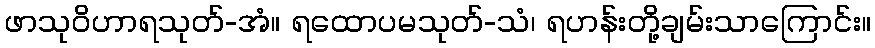
ဖာသုဝိဟာရသုတ်-အံ။ ရထောပမသုတ်-သံ၊ ရဟန်းတို့ချမ်းသာကြောင်း။